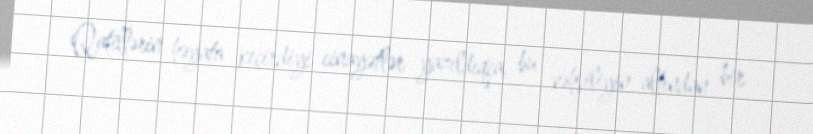
Qatillərin həyata keçirdiyi cinayətlər yazıldıqca, bu vəhşiliyin altından bir